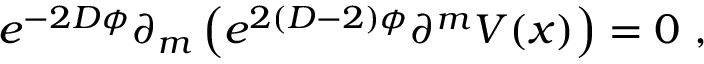
e ^ { - 2 D \phi } \partial _ { m } \left( e ^ { 2 ( D - 2 ) \phi } \partial ^ { m } V ( x ) \right) = 0 ~ ,